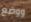
ووضع